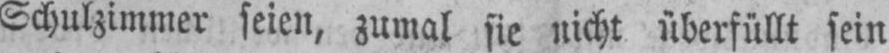
Schulzimmer seien, zumal sie nicht überfüllt sein